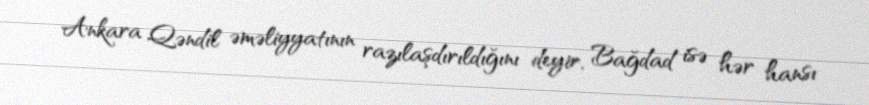
Ankara Qəndil əməliyyatının razılaşdırıldığını deyir, Bağdad isə hər hansı